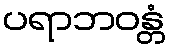
ပရာဘဝန္တံ